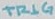
Text: TRIG